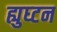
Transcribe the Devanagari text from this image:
ह्युघ्टन